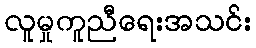
လူမှုကူညီရေးအသင်း